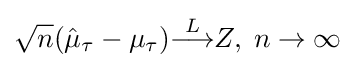
{\sqrt {n}}({\hat {\mu }}_{\tau }-\mu _{\tau }){\overset {L}{\longrightarrow }}Z,\;n\to \infty